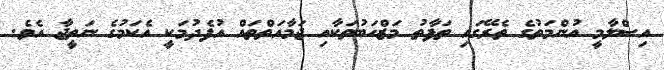
އިސްލާމީ އުންމަތުގެ ތެރޭގައި ތަފާތު މަޒްހަބުތަކާއި ޖަމާއަތްތައް އުފެދުމަކީ އެކަމުގެ ނަތީޖާ އެވެ.